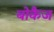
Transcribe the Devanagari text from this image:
बोकैज